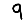
Digit: 9